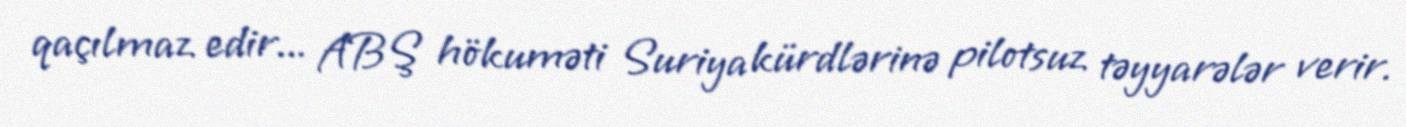
qaçılmaz edir... ABŞ hökuməti Suriya kürdlərinə pilotsuz təyyarələr verir.